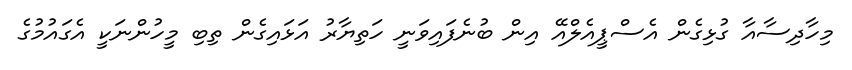
މިހާދިސާއާ ގުޅިގެން އެސްޕީއެލްއޭ އިން ބުނެފައިވަނީ ހަތިޔާރު އަޅައިގެން ތިބި މީހުންނަކީ އެގައުމުގެ